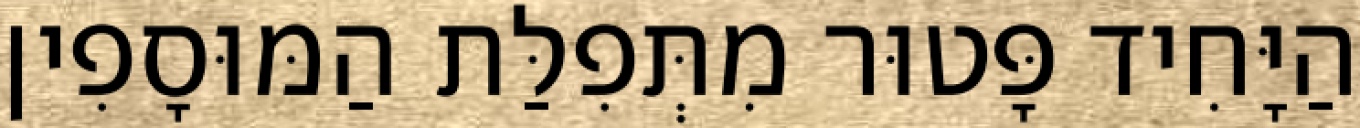
הַיָּחִיד פָּטוּר מִתְּפִלַּת הַמּוּסָפִין